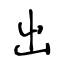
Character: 出